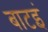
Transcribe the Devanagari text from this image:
बाटइं